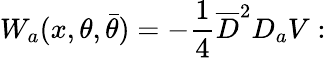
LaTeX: W_{a}(x,\theta,\bar{\theta})=-\frac{1}{4}\overline{{{D}}}^{2}D_{a}V: